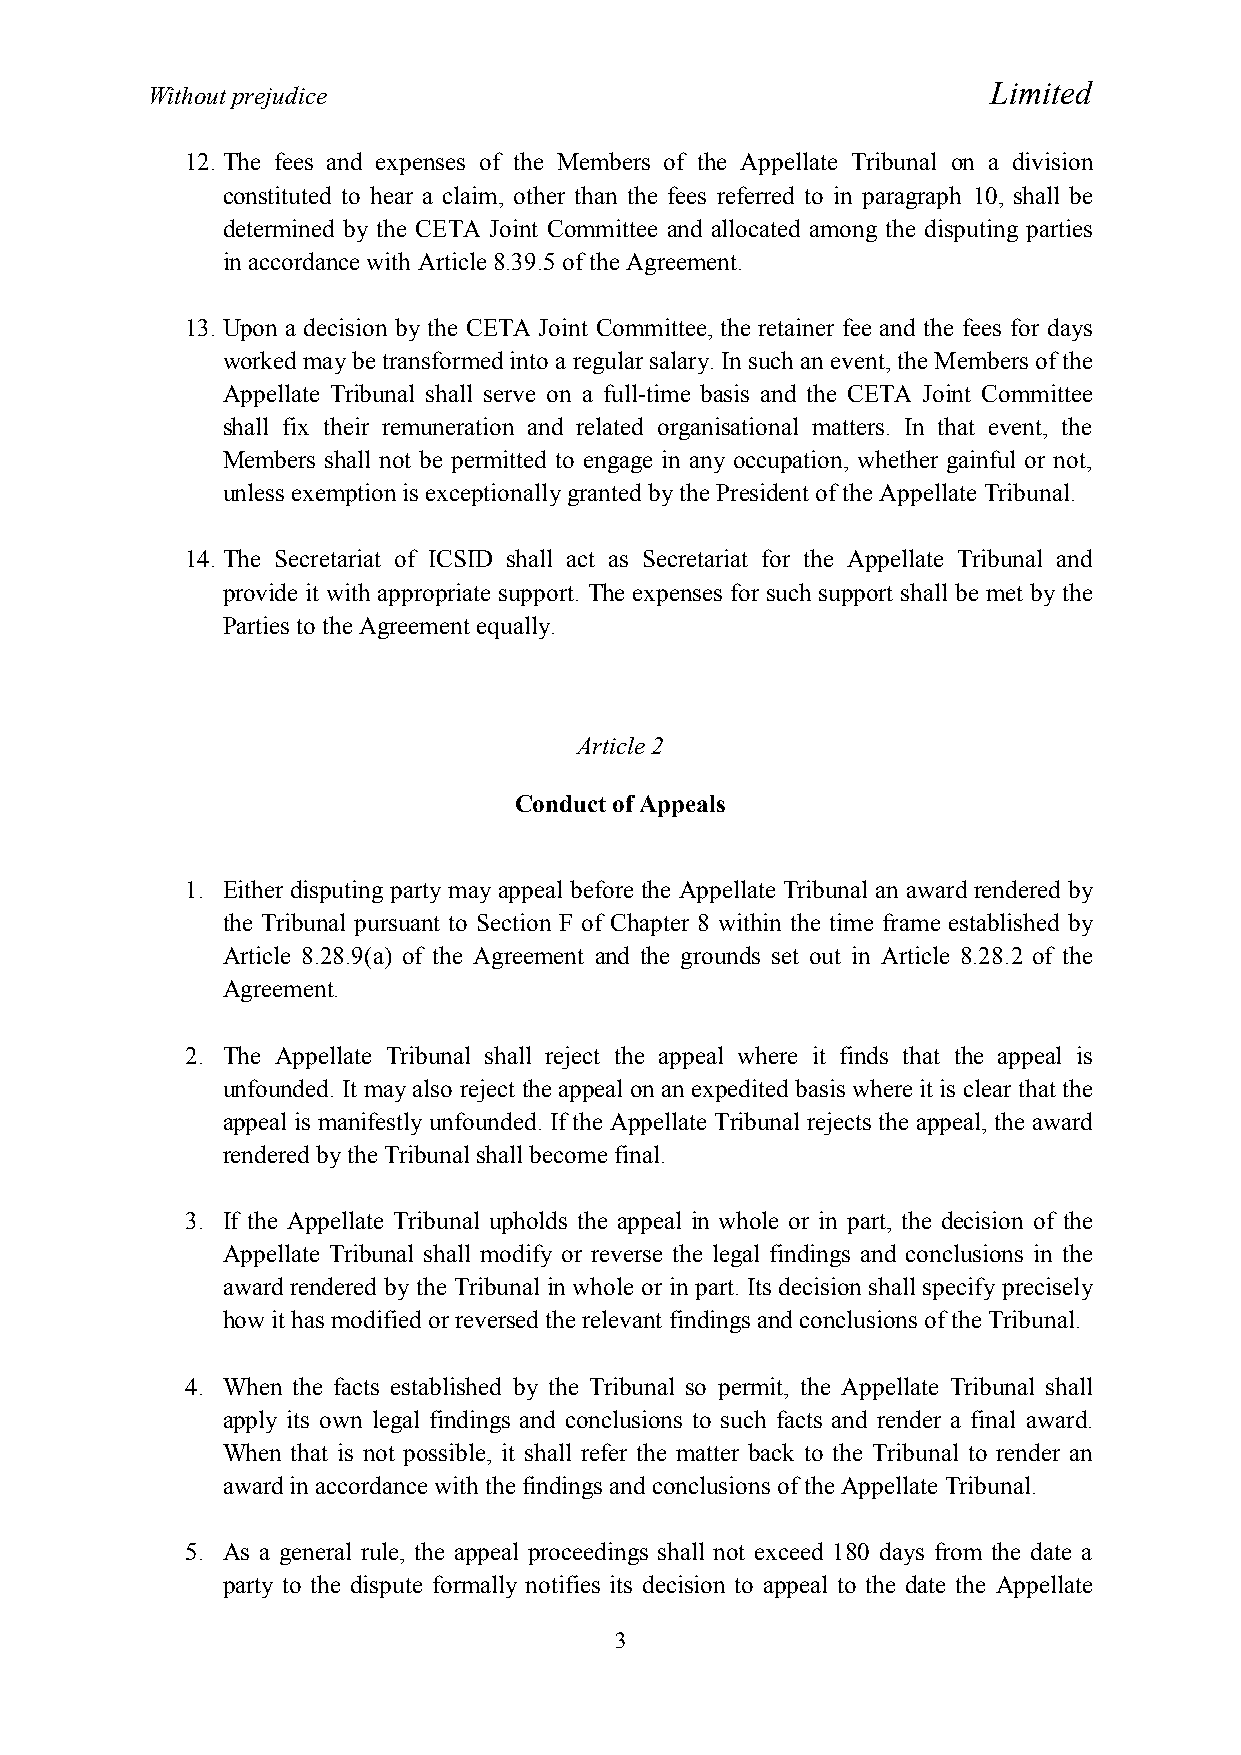
Limited
 Without prejudice
 12. The fees and expenses of the Members of the Appellate Tribunal on a division
 constituted to hear a claim, other than the fees referred to in paragraph 10, shall be
 determined by the CETA Joint Committee and allocated among the disputing parties
 in accordance with Article 8.39.5 of the Agreement.
 13. Upon a decision by the CETA Joint Committee, the retainer fee and the fees for days
 worked may be transformed into a regular salary. In such an event, the Members of the
 Appellate Tribunal shall serve on a full-time basis and the CETA Joint Committee
 shall fix their remuneration and related organisational matters. In that event, the
 Members shall not be permitted to engage in any occupation, whether gainful or not,
 unless exemption is exceptionally granted by the President of the Appellate Tribunal.
 14. The Secretariat of ICSID shall act as Secretariat for the Appellate Tribunal and
 provide it with appropriate support. The expenses for such support shall be met by the
 Parties to the Agreement equally.
 Article 2
 Conduct of Appeals
 1. Either disputing party may appeal before the Appellate Tribunal an award rendered by
 the Tribunal pursuant to Section F of Chapter 8 within the time frame established by
 Article 8.28.9(a) of the Agreement and the grounds set out in Article 8.28.2 of the
 Agreement.
 2. The Appellate Tribunal shall reject the appeal where it finds that the appeal is
 unfounded. It may also reject the appeal on an expedited basis where it is clear that the
 appeal is manifestly unfounded. If the Appellate Tribunal rejects the appeal, the award
 rendered by the Tribunal shall become final.
 3. If the Appellate Tribunal upholds the appeal in whole or in part, the decision of the
 Appellate Tribunal shall modify or reverse the legal findings and conclusions in the
 award rendered by the Tribunal in whole or in part. Its decision shall specify precisely
 how it has modified or reversed the relevant findings and conclusions of the Tribunal.
 4. When the facts established by the Tribunal so permit, the Appellate Tribunal shall
 apply its own legal findings and conclusions to such facts and render a final award.
 When that is not possible, it shall refer the matter back to the Tribunal to render an
 award in accordance with the findings and conclusions of the Appellate Tribunal.
 5. As a general rule, the appeal proceedings shall not exceed 180 days from the date a
 party to the dispute formally notifies its decision to appeal to the date the Appellate
 3